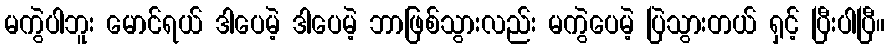
မကွဲပါဘူး မောင်ရယ် ဒါပေမဲ့ ဒါပေမဲ့ ဘာဖြစ်သွားလည်း မကွဲပေမဲ့ ပြဲသွားတယ် ရှင့် ပြီးပါပြီ။